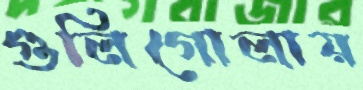
গুলিগোলায়